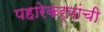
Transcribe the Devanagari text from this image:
पहारेकर्यांची